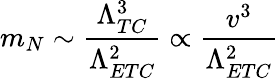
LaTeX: m_{N}\sim{\frac{\Lambda_{TC}^{3}}{\Lambda_{ETC}^{2}}}\propto{\frac{v^{3}}{\Lambda_{ETC}^{2}}}